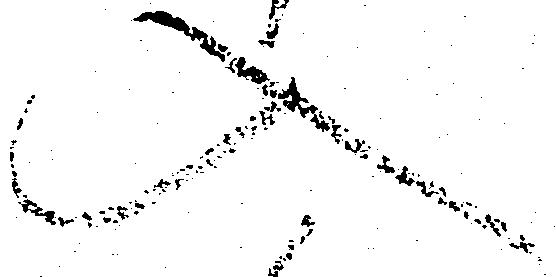
入